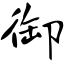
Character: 御